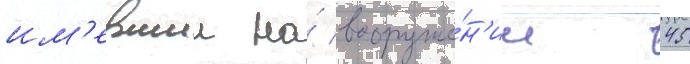
им'евшии на́ вооруже́н'ии 45